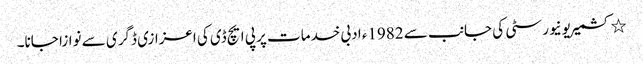
٭ کشمیریونیورسٹی کی جانب سے 1982ء ادبی خدمات پر پی ایچ ڈی کی اعزازی ڈگری سے نوازا جانا۔